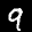
Label: 9